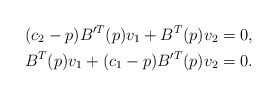
\begin{align*}(c_{2}-p)B'^{T}(p)v_{1}+B^{T}(p)v_{2} & =0,\\B^{T}(p)v_{1}+(c_{1}-p)B'^{T}(p)v_{2} & =0.\end{align*}